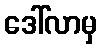
ဒေါ်လာမှ